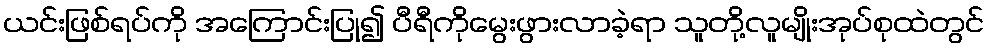
ယင်းဖြစ်ရပ်ကို အကြောင်းပြု၍ ပီရီကိုမွေးဖွားလာခဲ့ရာ သူတို့လူမျိုးအုပ်စုထဲတွင်